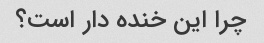
چرا این خنده دار است؟